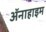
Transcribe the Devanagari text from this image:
ॲनाहाइम